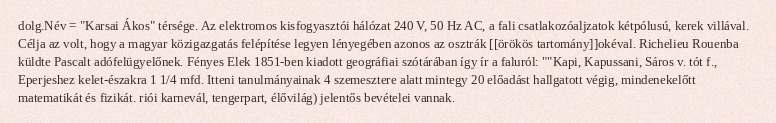
dolg.Név = "Karsai Ákos" térsége. Az elektromos kisfogyasztói hálózat 240 V, 50 Hz AC, a fali csatlakozóaljzatok kétpólusú, kerek villával. Célja az volt, hogy a magyar közigazgatás felépítése legyen lényegében azonos az osztrák [[örökös tartomány]]okéval. Richelieu Rouenba küldte Pascalt adófelügyelőnek. Fényes Elek 1851-ben kiadott geográfiai szótárában így ír a faluról: ""Kapi, Kapussani, Sáros v. tót f., Eperjeshez kelet-északra 1 1/4 mfd. Itteni tanulmányainak 4 szemesztere alatt mintegy 20 előadást hallgatott végig, mindenekelőtt matematikát és fizikát. riói karnevál, tengerpart, élővilág) jelentős bevételei vannak.